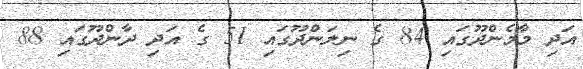
އަދި މާމެންދޫގައި 84 ގެ ނިލަންދޫގައި 51 ގެ އަދި ދާންދޫގައި 88